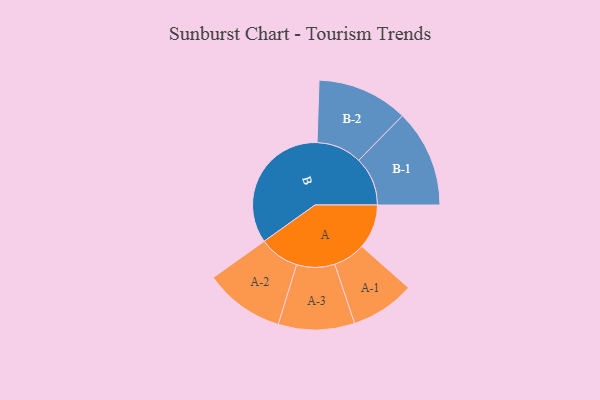
{"axis": {"x": "Segment", "y": "Value"}, "legend": ["", "A", "B"], "data": [{"x": "A", "y": 162, "type": ""}, {"x": "B", "y": 497, "type": ""}, {"x": "A-1", "y": 117, "type": "A"}, {"x": "A-2", "y": 146, "type": "A"}, {"x": "A-3", "y": 139, "type": "A"}, {"x": "B-1", "y": 178, "type": "B"}, {"x": "B-2", "y": 166, "type": "B"}]}